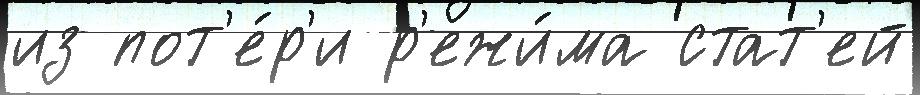
из пот'е́р'и р'ежи́ма стат'ей